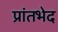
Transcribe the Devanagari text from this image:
प्रांतभेद